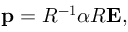
\mathbf { p } = \boldsymbol { R ^ { - 1 } \alpha R } \mathbf { E } ,